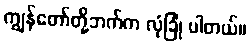
ကျွန်တော်တို့ဘက်က လုံခြုံ ပါတယ်။